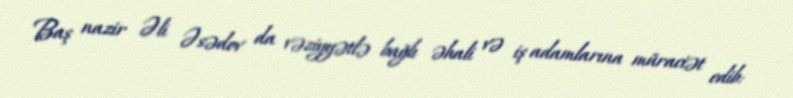
Baş nazir Əli Əsədov da vəziyyətlə bağlı əhali və iş adamlarına müraciət edib: